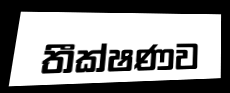
තීක්ෂණව